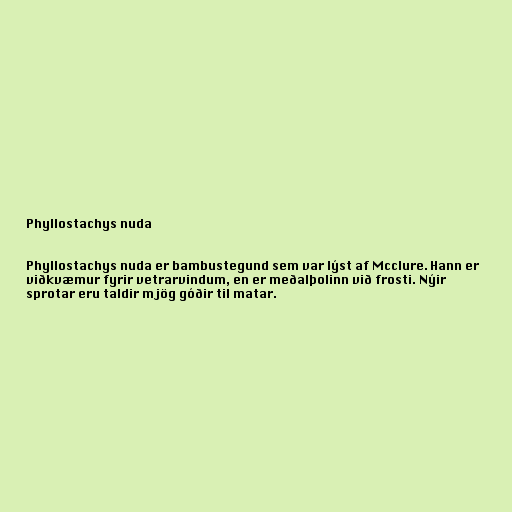
Phyllostachys nuda

Phyllostachys nuda er bambustegund sem var lýst af Mcclure. Hann er
viðkvæmur fyrir vetrarvindum, en er meðalþolinn við frosti. Nýir
sprotar eru taldir mjög góðir til matar.